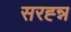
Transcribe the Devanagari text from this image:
सरह्न्न